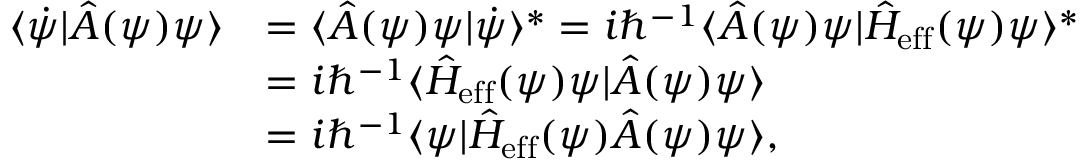
\begin{array} { r l } { \langle \dot { \psi } | \hat { A } ( \psi ) \psi \rangle } & { = \langle \hat { A } ( \psi ) \psi | \dot { \psi } \rangle ^ { \ast } = i \hbar ^ { - 1 } \langle \hat { A } ( \psi ) \psi | \hat { H } _ { \mathrm { e f f } } ( \psi ) \psi \rangle ^ { \ast } } \\ & { = i \hbar ^ { - 1 } \langle \hat { H } _ { \mathrm { e f f } } ( \psi ) \psi | \hat { A } ( \psi ) \psi \rangle } \\ & { = i \hbar ^ { - 1 } \langle \psi | \hat { H } _ { \mathrm { e f f } } ( \psi ) \hat { A } ( \psi ) \psi \rangle , } \end{array}